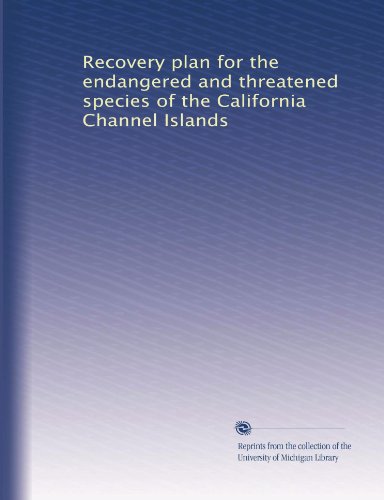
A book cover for Recovery plan for the endangered and threatened species of the California Channel Islands; Unknown; Science & Math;